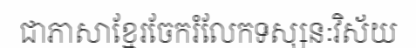
ជាភាសាខ្មែរចែករំលែកទស្សនៈវិស័យ